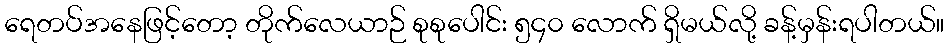
ရေတပ်အနေဖြင့်တော့ တိုက်လေယာဉ် စုစုပေါင်း ၅၄၀ လောက် ရှိမယ်လို့ ခန့်မှန်းရပါတယ်။